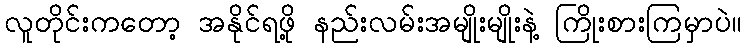
လူတိုင်းကတော့ အနိုင်ရဖို့ နည်းလမ်းအမျိုးမျိုးနဲ့ ကြိုးစားကြမှာပဲ။